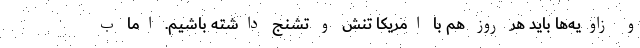
و زاويه‌ها بايد هر روز هم با امريكا تنش و تشنج داشته باشيم. اما ب